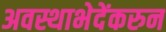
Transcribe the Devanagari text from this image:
अवस्थाभेदेंकरुन